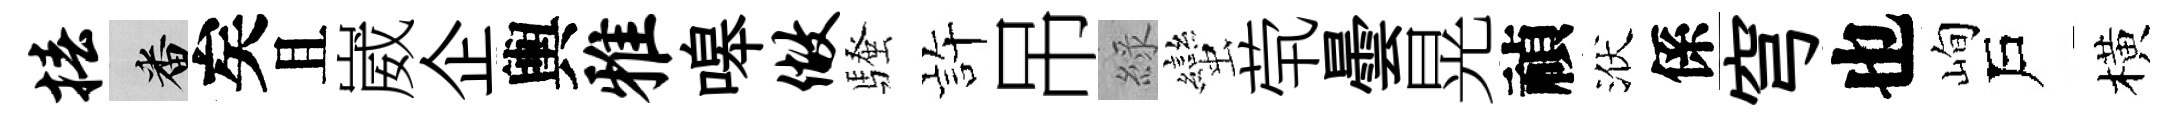
椿番矣且崴企輿雅嗥做騷静吊綠蠻茕曇晃禎洑係穹也峋戶橫